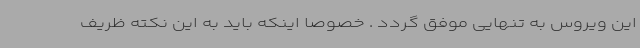
این ویروس به تنهایی موفق گردد . خصوصا اینکه باید به این نکته ظریف